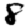
Digit: 8